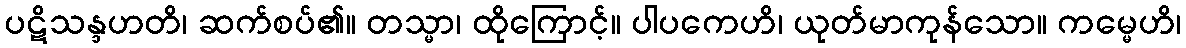
ပဋိသန္ဒဟတိ၊ ဆက်စပ်၏။ တသ္မာ၊ ထိုကြောင့်။ ပါပကေဟိ၊ ယုတ်မာကုန်သော။ ကမ္မေဟိ၊